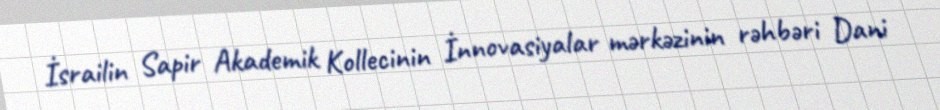
İsrailin Sapir Akademik Kollecinin İnnovasiyalar mərkəzinin rəhbəri Dani